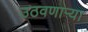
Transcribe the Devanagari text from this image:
उठवणाऱ्या